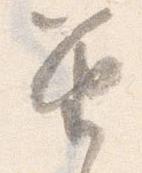
笛